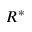
R ^ { * }